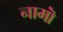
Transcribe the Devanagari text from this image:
नामॊं